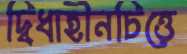
দ্বিধাহীনচিত্তে